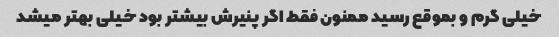
خیلی گرم و بموقع رسید ممنون فقط اگر پنیرش بیشتر بود خیلی بهتر میشد